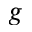
g